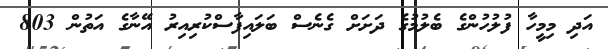
އަދި މިމީހާ ފުލުހުންގެ ބެލުމުގެ ދަށަށް ގެނެސް ބަލައިފާސްކުރިއިރު އޭނާގެ އަތުން 803